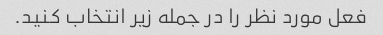
فعل مورد نظر را در جمله زیر انتخاب کنید.